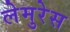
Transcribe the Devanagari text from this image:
लेमुरेस